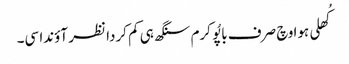
کُھلی ہوا وچ صرف باپُو کرم سنگھ ہی کم کردا نظر آؤندا سی۔